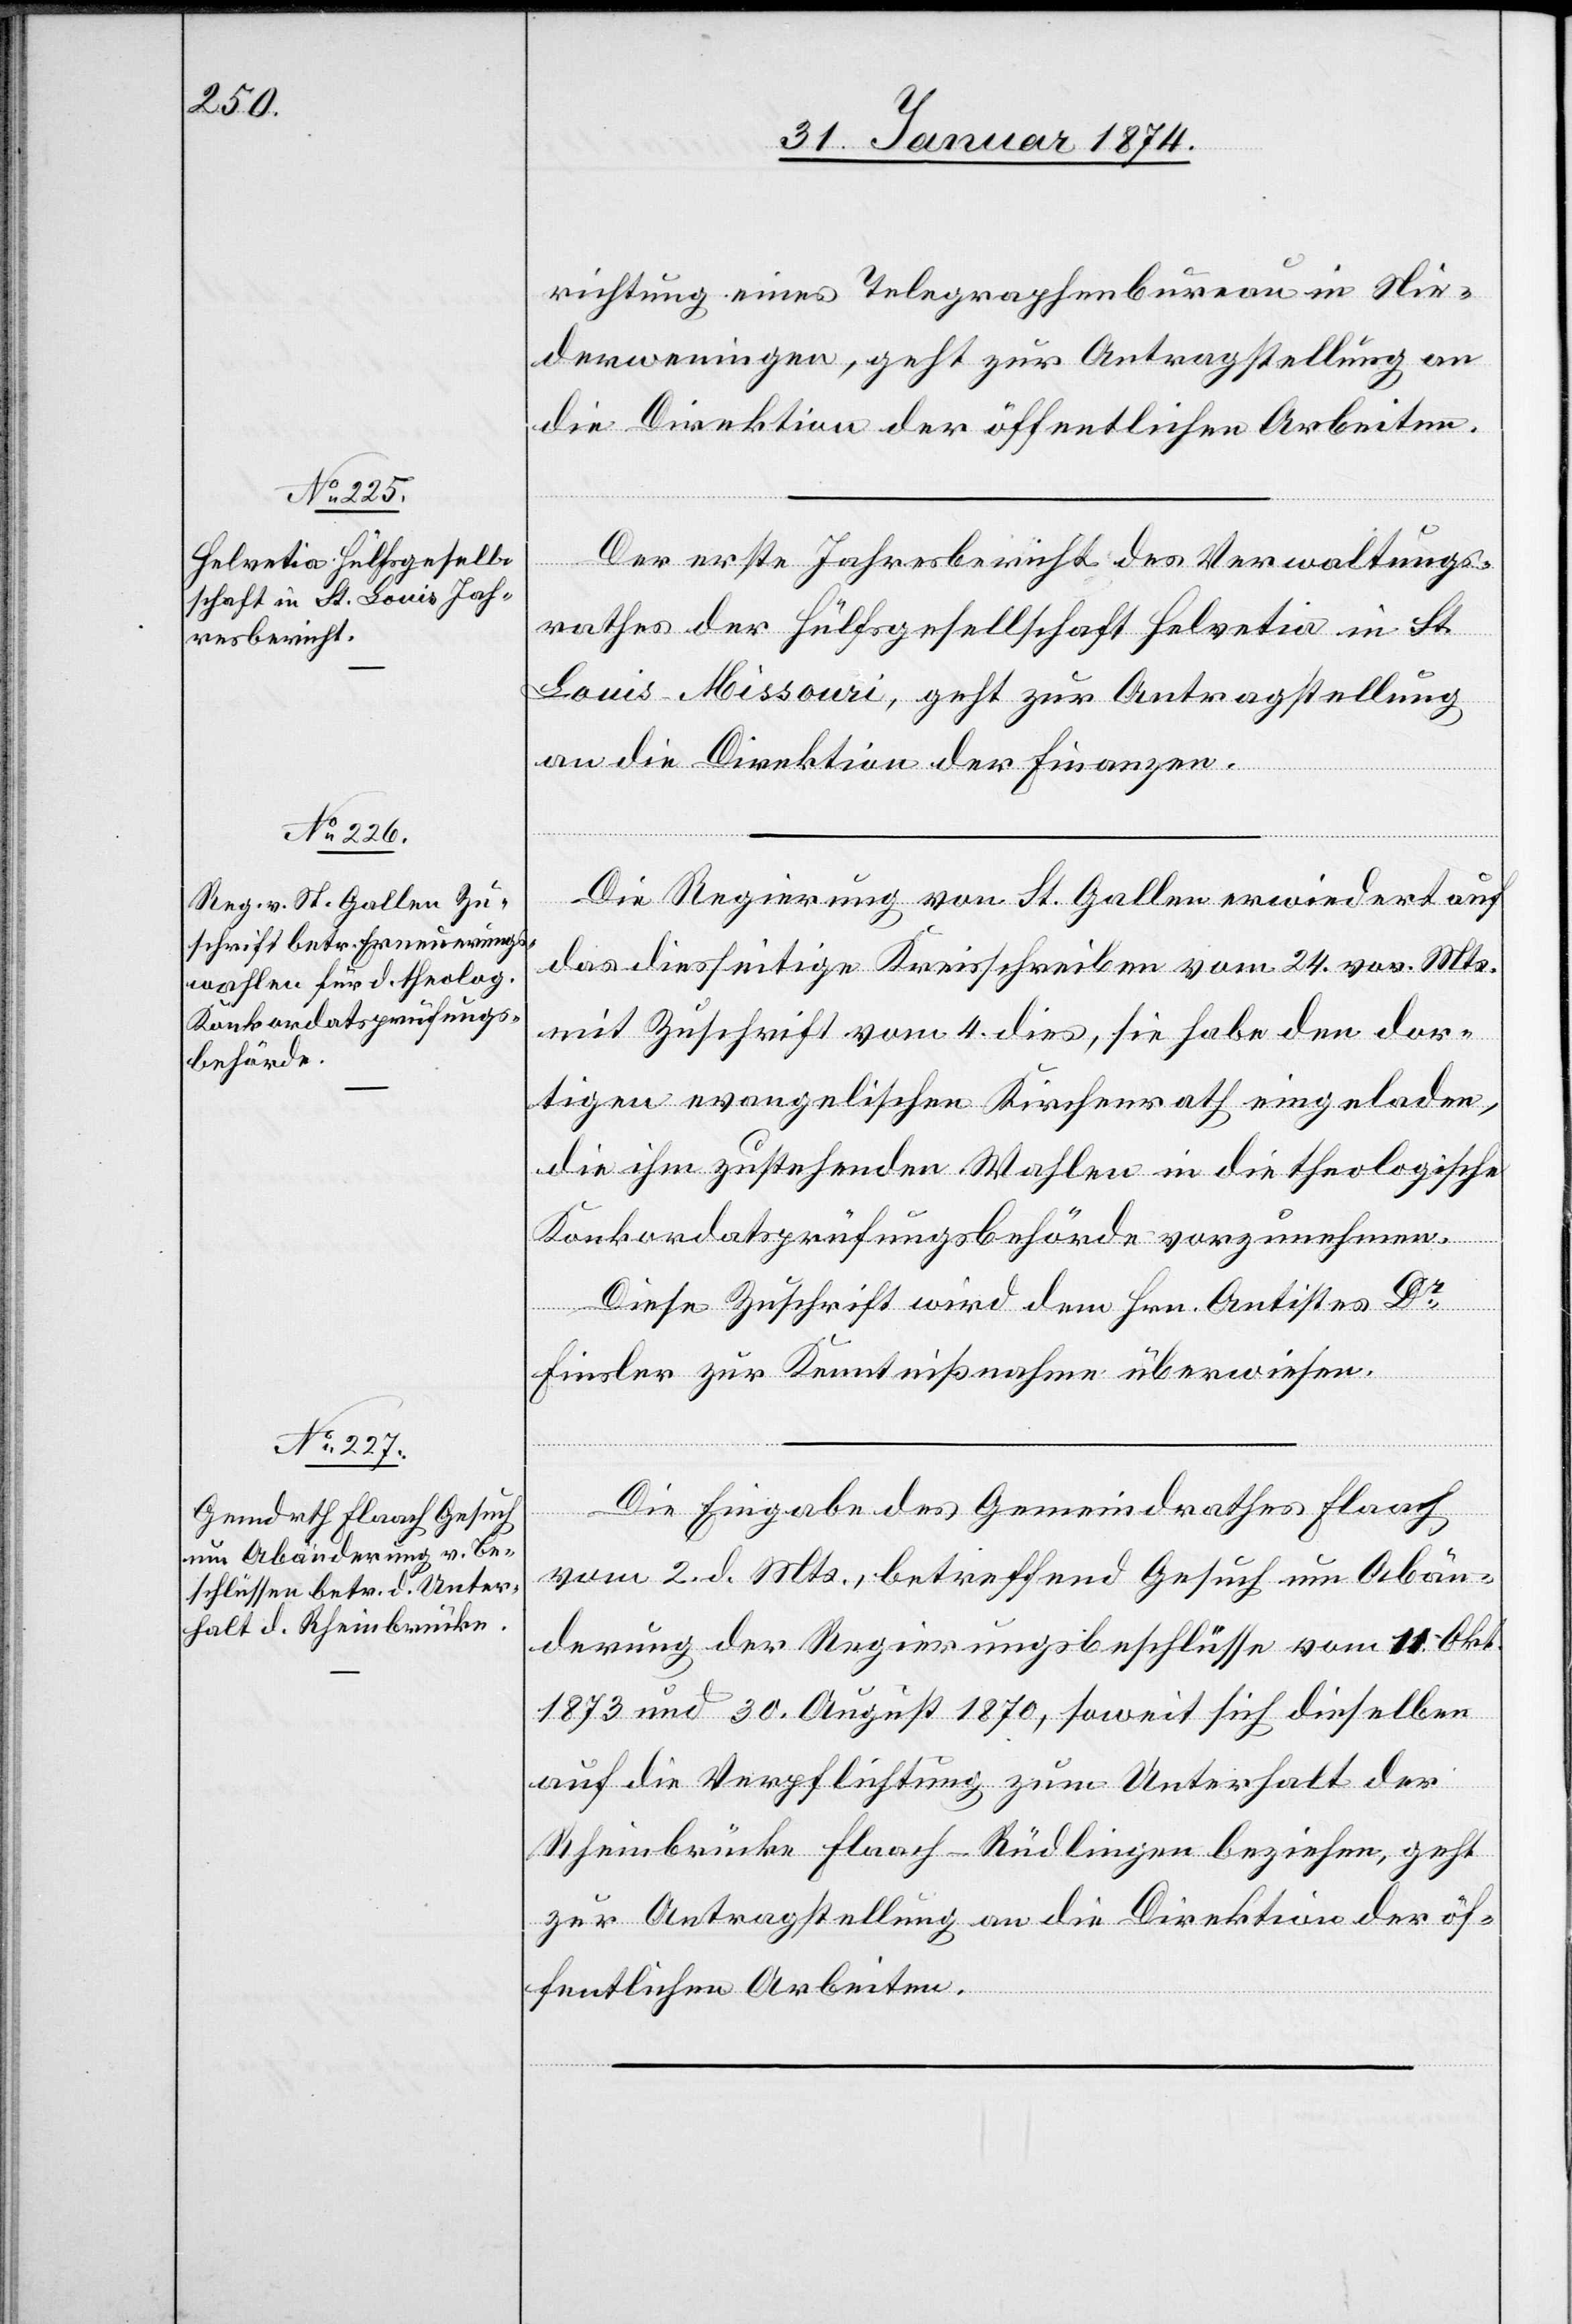
richtung eines Telegraphenbureau in Nie¬
derweningen, geht zur Antragstellung an
die Direktion der öffentlichen Arbeiten.
Der erste Jahresbericht des Verwaltungs¬
rathes der Hülfsgesellschaft Helvetia in St.
Louis Missouri, geht zur Antragstellung
an die Direktion der Finanzen.
Die Regierung von St. Gallen erwiedert auf
das diesseitige Kreisschreiben vom 24. vor. Mts.
mit Zuschrift vom 4. dies, sie habe den dor¬
tigen evangelischen Kirchenrath eingeladen,
die ihm zustehenden Wahlen in die theologische
Konkordatsprüfungsbehörde vorzunehmen.
Diese Zuschrift wird dem Hrn. Antistes Dr
Finsler zur Kenntnißnahme überwiesen.
Die Eingabe des Gemeindrathes Flaach
vom 2. d. Mts., betreffend Gesuch um Abän¬
derung der Regierungsbeschlüsse vom 11. Okt.
1873 und 30. August 1870, soweit sich dieselben
auf die Verpflichtung zum Unterhalt der
Rheinbrücke Flaach-Rüdlingen beziehen, geht
zur Antragstellung an die Direktion der öf¬
fentlichen Arbeiten.